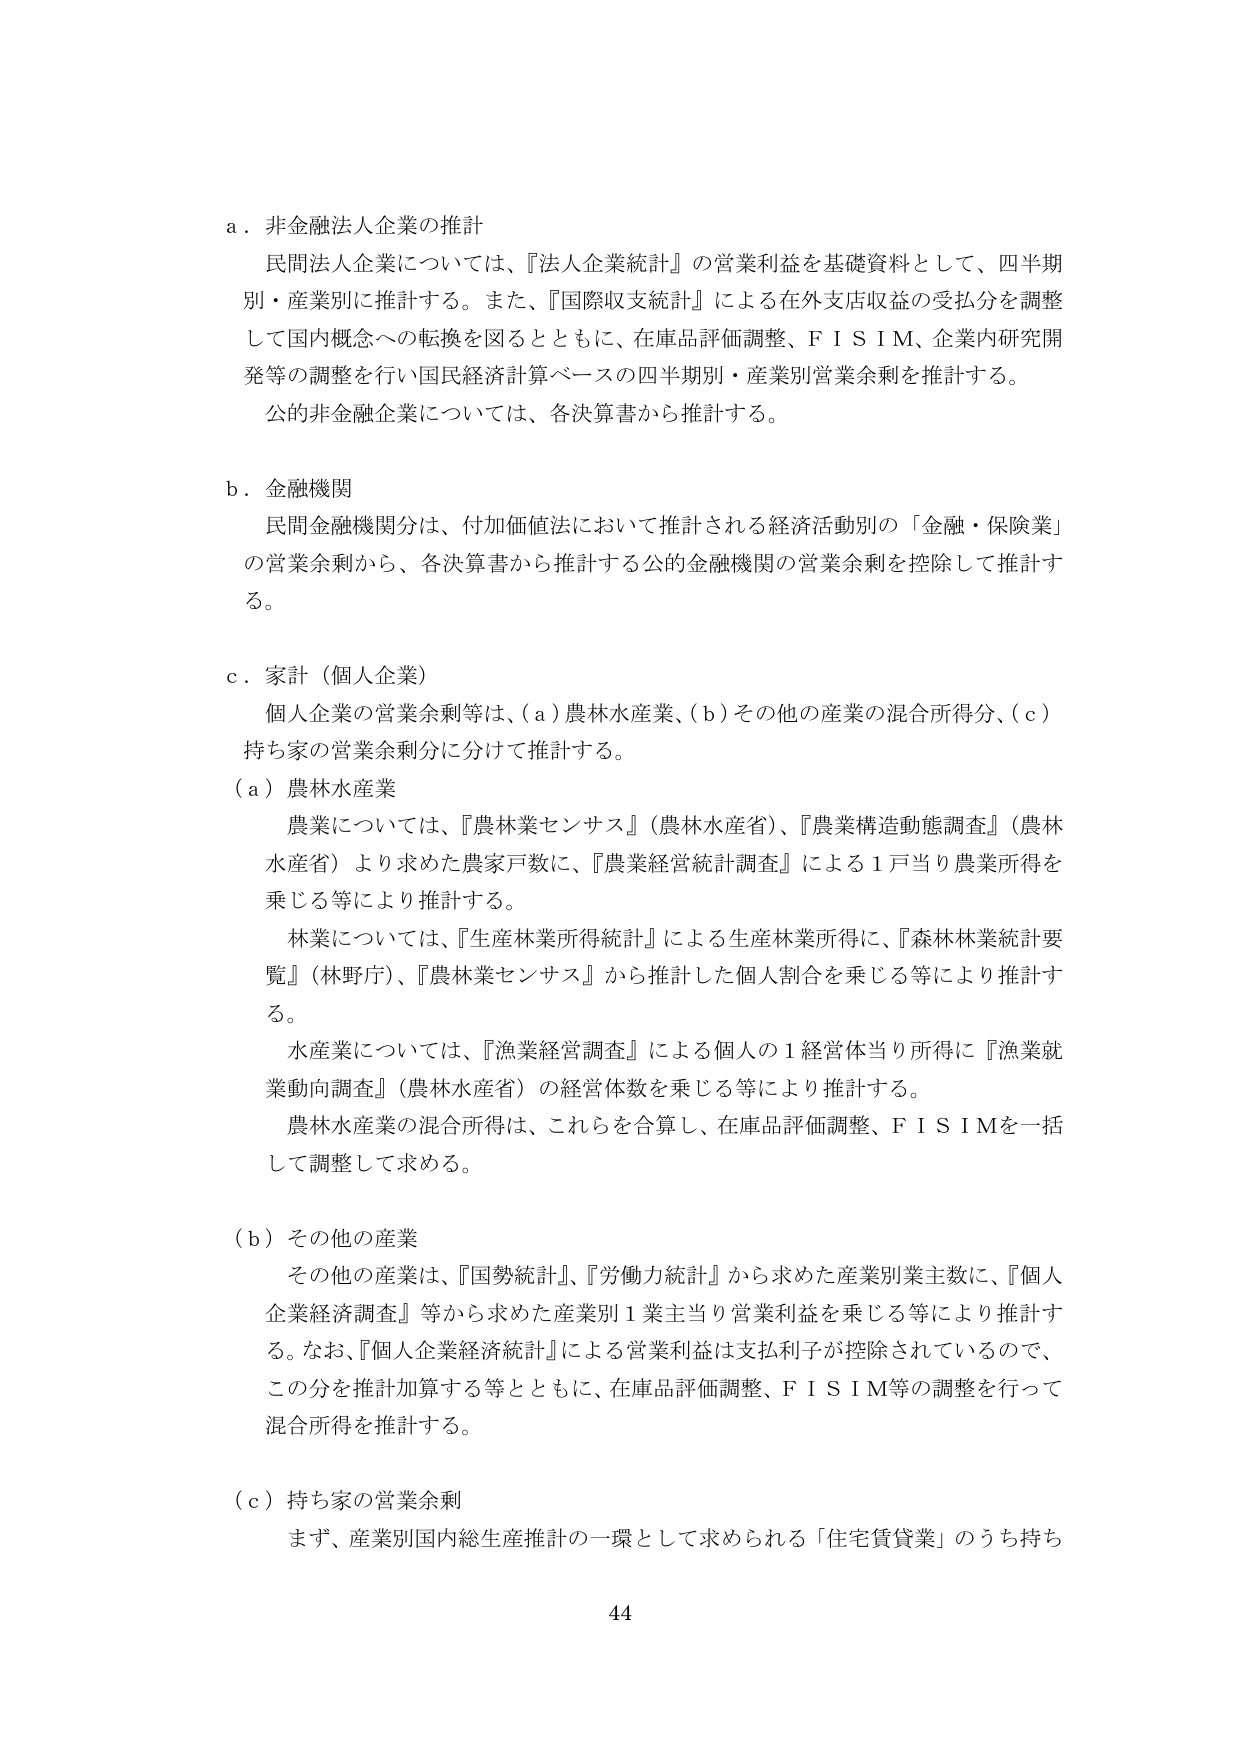
a．非金融法人企業の推計
民間法人企業については、『法人企業統計』の営業利益を基礎資料として、四半期別・産業別に推計する。また、『国際収支統計』による在外支店収益の受払分を調整して国内概念への転換を図るとともに、在庫品評価調整、ＦＩＳＩＭ、企業内研究開発等の調整を行い国民経済計算ベースの四半期別・産業別営業余剰を推計する。
公の非金融企業については、各決算書から推計する。

b．金融機関
民間金融機関分は、付加価値法において推計される経済活動別の「金融・保険業」の営業余剰から、各決算書から推計する公的金融機関の営業余剰を控除して推計する。

c．家計（個人企業）
個人企業の営業余剰等は、(a)農林水産業、(b)その他の産業の混合所得分、(c)持ち家の営業余剰分に分けて推計する。

(a) 農林水産業
農業については、『農林業センサス』（農林水産省）、『農業構造動態調査』（農林水産省）より求めた農家戸数に、『農業経営統計調査』による1戸当たり農業所得を乗じる等により推計する。
林業については、『生産林業所得統計』による生産林業所得に、『森林林業統計要覧』（林野庁）、『農林業センサス』から推計した個人割合を乗じる等により推計する。
水産業については、『漁業経営調査』による個人の1経営体当たり所得に『漁業就業動向調査』（農林水産省）の経営体数を乗じる等により推計する。
農林水産業の混合所得は、これらを合算し、在庫品評価調整、ＦＩＳＩＭを一括して調整して求める。

(b) その他の産業
その他の産業は、『国勢統計』、『労働力統計』から求めた産業別業主数に、『個人企業経済調査』等から求めた産業別1業主当たり営業利益を乗じる等により推計する。なお、『個人企業経済統計』による営業利益は支払利子が控除されているので、この分を推計加算する等とともに、在庫品評価調整、ＦＩＳＩＭ等の調整を行って混合所得を推計する。

(c) 持ち家の営業余剰
まず、産業別国内総生産推計の一環として求められる「住宅賃貸業」のうち持ち

44